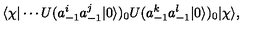
\langle \chi | \cdots U ( a _ { - 1 } ^ { i } a _ { - 1 } ^ { j } | 0 \rangle ) _ { 0 } U ( a _ { - 1 } ^ { k } a _ { - 1 } ^ { l } | 0 \rangle ) _ { 0 } | \chi \rangle ,